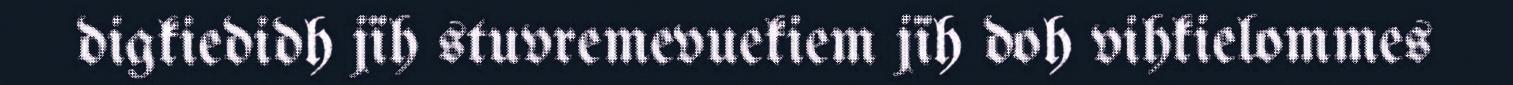
digkiedidh jïh stuvremevuekiem jïh doh vihkielommes